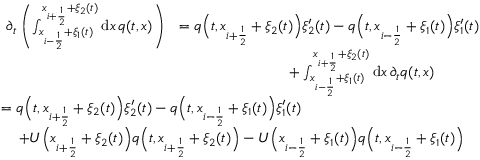
\begin{array} { r l } { \partial _ { t } \left( \int _ { x _ { i - \frac 1 2 } + \xi _ { 1 } ( t ) } ^ { x _ { i + \frac 1 2 } + \xi _ { 2 } ( t ) } \mathrm { d } x \, q ( t , x ) \right) } & { = q \Big ( t , x _ { i + \frac 1 2 } + \xi _ { 2 } ( t ) \Big ) \xi _ { 2 } ^ { \prime } ( t ) - q \Big ( t , x _ { i - \frac 1 2 } + \xi _ { 1 } ( t ) \Big ) \xi _ { 1 } ^ { \prime } ( t ) } \\ & { \phantom { m m m m m m m m m m } + \int _ { x _ { i - \frac 1 2 } + \xi _ { 1 } ( t ) } ^ { x _ { i + \frac 1 2 } + \xi _ { 2 } ( t ) } \mathrm { d } x \, \partial _ { t } q ( t , x ) } \\ & { \! \! \! \! \! \! \! \! \! \! \! \! \! \! \! \! \! \! \! \! \! \! \! \! \! \! \! \! \! \! \! \! \! \! \! \! \! \! \! \! \! \! \! \! \! \! \! \! \! \! \! \! \! \! \! \! \! \! \! \! \! \! \! \! \! \! \! \! \! \! \! \! = q \Big ( t , x _ { i + \frac 1 2 } + \xi _ { 2 } ( t ) \Big ) \xi _ { 2 } ^ { \prime } ( t ) - q \Big ( t , x _ { i - \frac 1 2 } + \xi _ { 1 } ( t ) \Big ) \xi _ { 1 } ^ { \prime } ( t ) } \\ & { \! \! \! \! \! \! \! \! \! \! \! \! \! \! \! \! \! \! \! \! \! \! \! \! \! \! \! \! \! \! \! \! \! \! \! \! \! \! \! \! \! \! \! \! \! \! \! \! \! \! \! \! \! \! \! \! \! \! \! \! \! \! \! \! \! + U \Big ( x _ { i + \frac 1 2 } + \xi _ { 2 } ( t ) \Big ) q \Big ( t , x _ { i + \frac 1 2 } + \xi _ { 2 } ( t ) \Big ) - U \Big ( x _ { i - \frac 1 2 } + \xi _ { 1 } ( t ) \Big ) q \Big ( t , x _ { i - \frac 1 2 } + \xi _ { 1 } ( t ) \Big ) } \end{array}